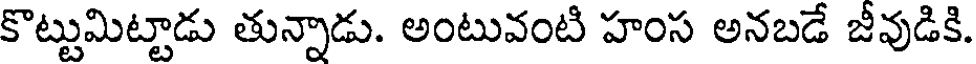
కొట్టుమిట్టాడు తున్నాడు. అంటువంటి హంస అనబడే జీవుడికి.